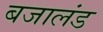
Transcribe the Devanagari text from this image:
बजालंड